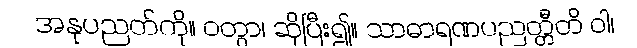
အနုပညတ်ကို။ ဝတွာ၊ ဆိုပြီး၍။ သာဓာရဏပညတ္တီတိ ဝါ၊